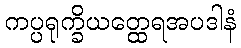
ကပ္ပရုက္ခိယတ္ထေရအပဒါနံ